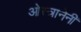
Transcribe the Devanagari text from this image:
ओस्त्रानेनी